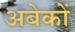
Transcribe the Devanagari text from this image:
अबेकों